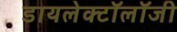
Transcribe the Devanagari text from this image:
डायलेक्टॉलॉजी